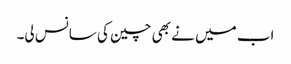
اب میں نے بھی چین کی سانس لی۔